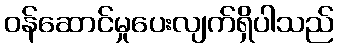
ဝန်ဆောင်မှုပေးလျက်ရှိပါသည်